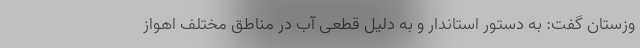
وزستان گفت: به دستور استاندار و به دلیل قطعی آب در مناطق مختلف اهواز